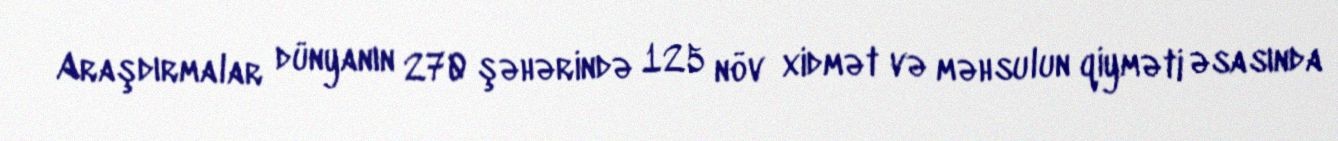
Araşdırmalar dünyanın 270 şəhərində 125 növ xidmət və məhsulun qiyməti əsasında